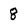
Character: 8